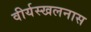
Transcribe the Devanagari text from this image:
वीर्यस्खलनास